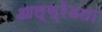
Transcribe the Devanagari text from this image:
आल्फ्रेडला